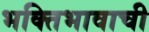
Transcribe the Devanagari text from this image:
भक्तिभावाची